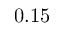
0 . 1 5